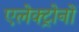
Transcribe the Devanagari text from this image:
एलेक्ट्रोनों